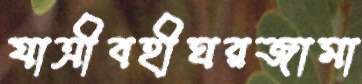
যাত্রীবহীঘরজামা